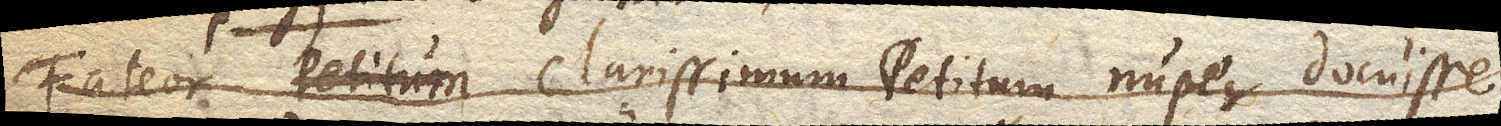
fateor clarissimum Petitum nuper docuisse,